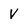
Character: V